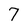
Character: 7